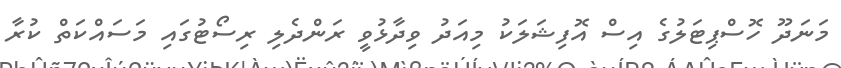
މަނަދޫ ހޮސްޕިޓަލުގެ އިސް އޮފިޝަލަކު މިއަދު ވިދާޅުވީ ރަންދެލި ރިސޯޓުގައި މަސައްކަތް ކުރާ